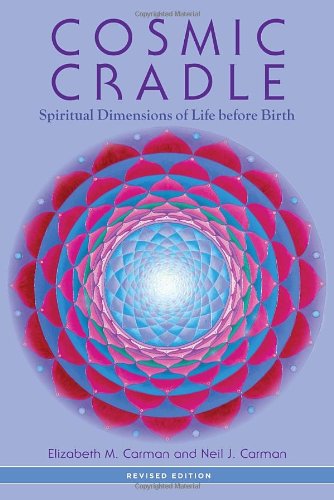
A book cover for Cosmic Cradle, Revised Edition: Spiritual Dimensions of Life before Birth; Elizabeth M. Carman; Religion & Spirituality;